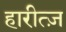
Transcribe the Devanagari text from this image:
हारीत्ज़